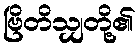
ဗြိတိသျှတို့၏